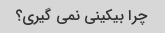
چرا بیکینی نمی گیری؟